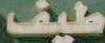
طيف